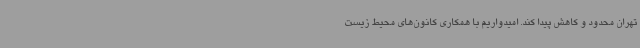
تهران محدود و کاهش پیدا کند. امیدواریم با همکاری کانون‌های محیط زیست